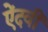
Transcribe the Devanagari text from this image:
ऐंदवी